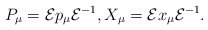
\begin{gather*}P_\mu = {{\mathcal E}} p_\mu{{\mathcal E}}^{-1},X_\mu = {{\mathcal E}} x_\mu{{\mathcal E}}^{-1}.\end{gather*}